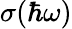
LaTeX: \sigma(\hbar\omega)